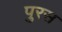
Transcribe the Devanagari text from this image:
पुरस